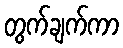
တွက်ချက်ကာ